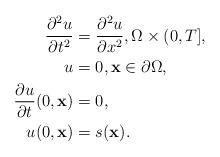
LaTeX: \begin{align*}\frac{\partial^2 u}{\partial t^2} &= \frac{\partial^2 u}{\partial x^2}, \Omega \times (0,T], \\u &= 0, \mathbf{x} \in \partial \Omega, \\\frac{\partial u}{\partial t}(0,\mathbf{x}) &= 0, \\u(0,\mathbf{x}) &= s(\mathbf{x}).\end{align*}